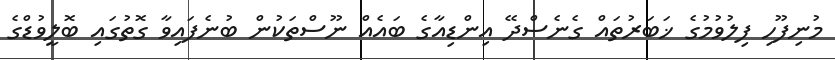
މުނިފޫހި ފިލުވުމުގެ ޚަބަރުތައް ގެނެސްދޭ އިންޑިއާގެ ބައެއް ނޫސްތަކުން ބުނެފައިވާ ގޮތުގައި ބޮލީވުޑްގެ